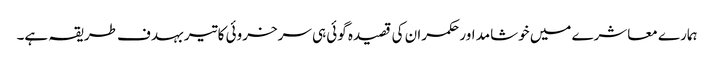
ہمارے معاشرے میں خوشامد اور حکمران کی قصیدہ گوئی ہی سرخروئی کا تیر بہدف طریقہ ہے۔